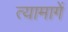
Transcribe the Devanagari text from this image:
त्यामागें